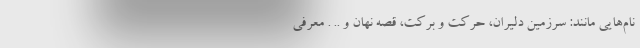
نام‌هایی مانند: سرزمین دلیران، حرکت و برکت، قصه نهان و .. . معرفی